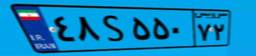
۴۸S۵۵۰۷۲